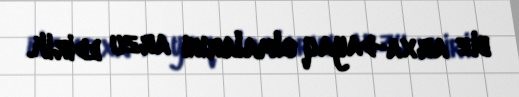
biz arxa-dayaq olmalarını arzu edirik.